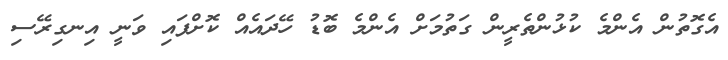
އެގޮތުން އެންމެ ކުޅުންތެރީން ގަތުމަށް އެންމެ ބޮޑު ހޭދައެއް ކޮށްފައި ވަނީ އިނގިރޭސި